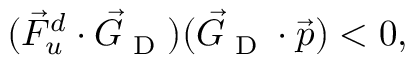
( \vec { F } _ { u } ^ { d } \cdot \vec { G } _ { \textrm { D } } ) ( \vec { G } _ { \textrm { D } } \cdot \vec { p } ) < 0 ,